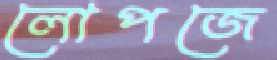
লোপজে